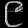
Digit: ၉